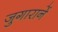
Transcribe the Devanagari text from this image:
जुगारानें